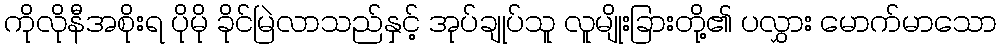
ကိုလိုနီအစိုးရ ပိုမို ခိုင်မြဲလာသည်နှင့် အုပ်ချုပ်သူ လူမျိုးခြားတို့၏ ပလွှား မောက်မာသော